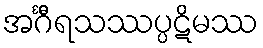
အင်္ဂီရသဿပ္ပဋိမဿ